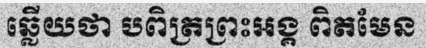
ឆ្លើយថា បពិត្រព្រះអង្គ ពិតមែន